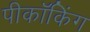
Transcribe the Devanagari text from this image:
पीकॉकिंग